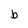
Character: b